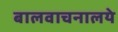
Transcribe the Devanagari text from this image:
बालवाचनालये